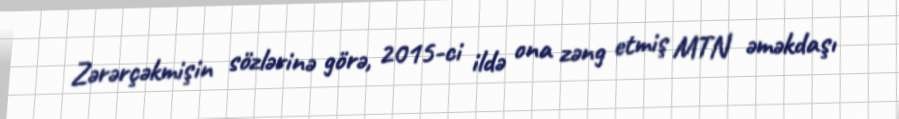
Zərərçəkmişin sözlərinə görə, 2015-ci ildə ona zəng etmiş MTN əməkdaşı